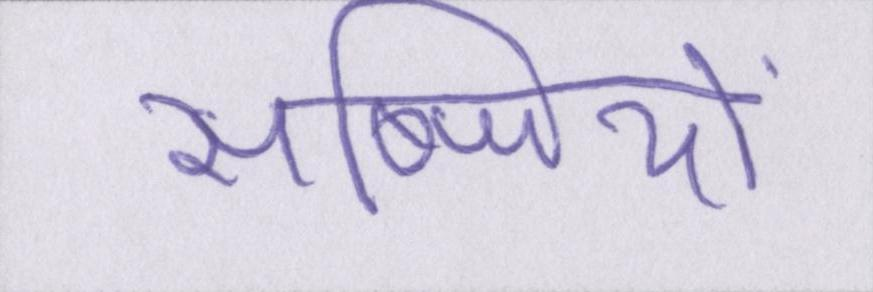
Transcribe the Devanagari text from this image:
सब्जियों